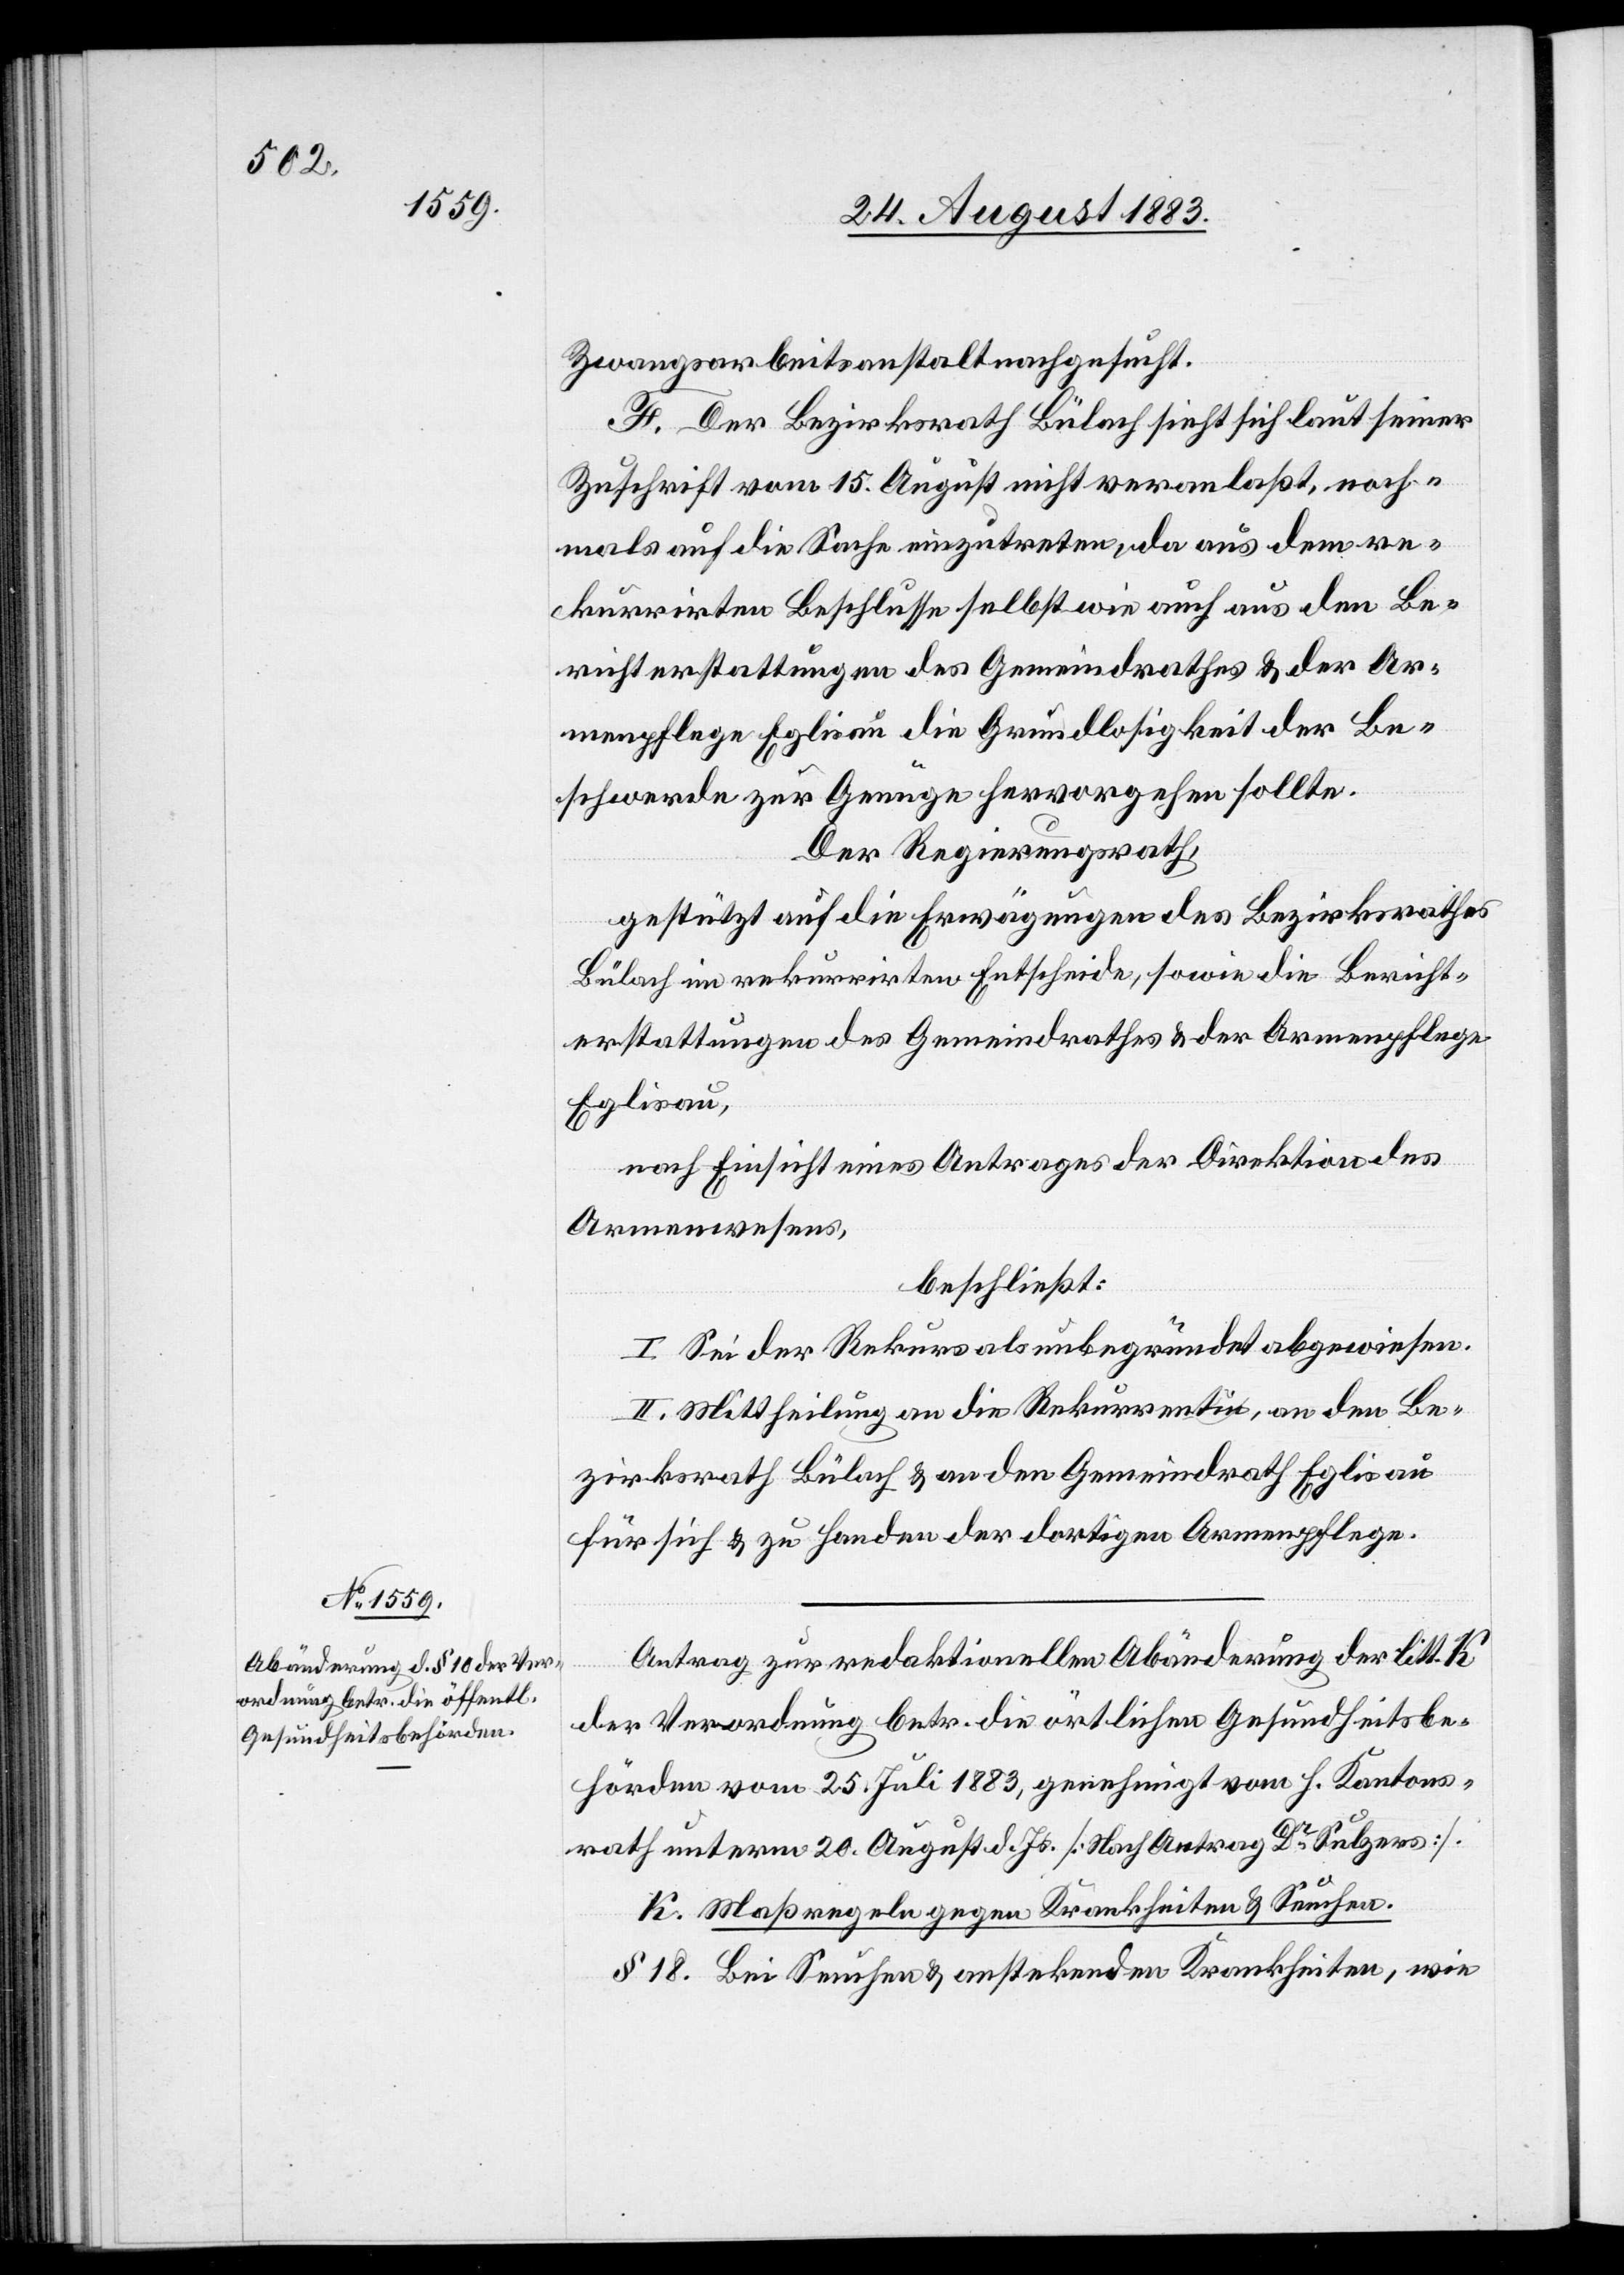
Zwangsarbeitsanstalt nachgesucht.
F. Der Bezirksrath Bülach sieht sich laut seiner
Zuschrift vom 15. August nicht veranlaßt, noch¬
mals auf die Sache einzutreten, da aus dem re¬
kurrirten Beschlusse selbst wie auch aus den Be¬
richterstattungen des Gemeindrathes & der Ar¬
menpflege Eglisau die Grundlosigkeit der Be¬
schwerde zur Genüge hervorgehen sollte.
Der Regierungsrath,
gestützt auf die Erwägungen des Bezirksrathes
Bülach im rekurrirten Entscheide, sowie die Bericht¬
erstattungen des Gemeindrathes & der Armenpflege
Eglisau,
nach Einsicht eines Antrages der Direktion des
Armenwesens,
beschließt:
I. Sei der Rekurs als unbegründet abgewiesen.
II. Mittheilung an die Rekurrentin, an den Be¬
zirksrath Bülach & an den Gemeindrath Eglisau
für sich & zu Handen der dortigen Armenpflege.
Antrag zur redaktionellen Abänderung der litt. K
der Verordnung betr. die örtlichen Gesundheitsbe¬
hörden vom 25. Juli 1883, genehmigt vom h. Kantons¬
rath unterm 20. August d. Js. [Nach Antrag Dr Sulzers].
K. Maßregeln gegen Krankheiten & Seuchen.
§ 18. Bei Seuchen & anstekenden [sic!] Krankheiten, wie